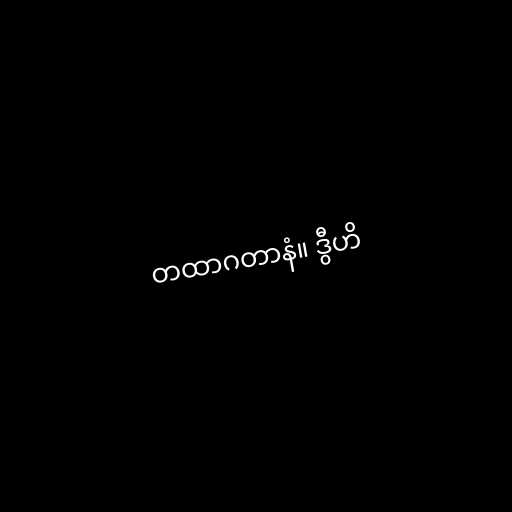
တထာဂတာနံ။ ဒွီဟိ